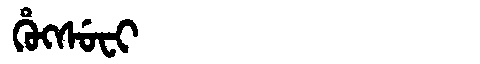
Manchu: ᡥᡠᡴᠰᡠᠸᡳ
Romanization: HUKSUFI